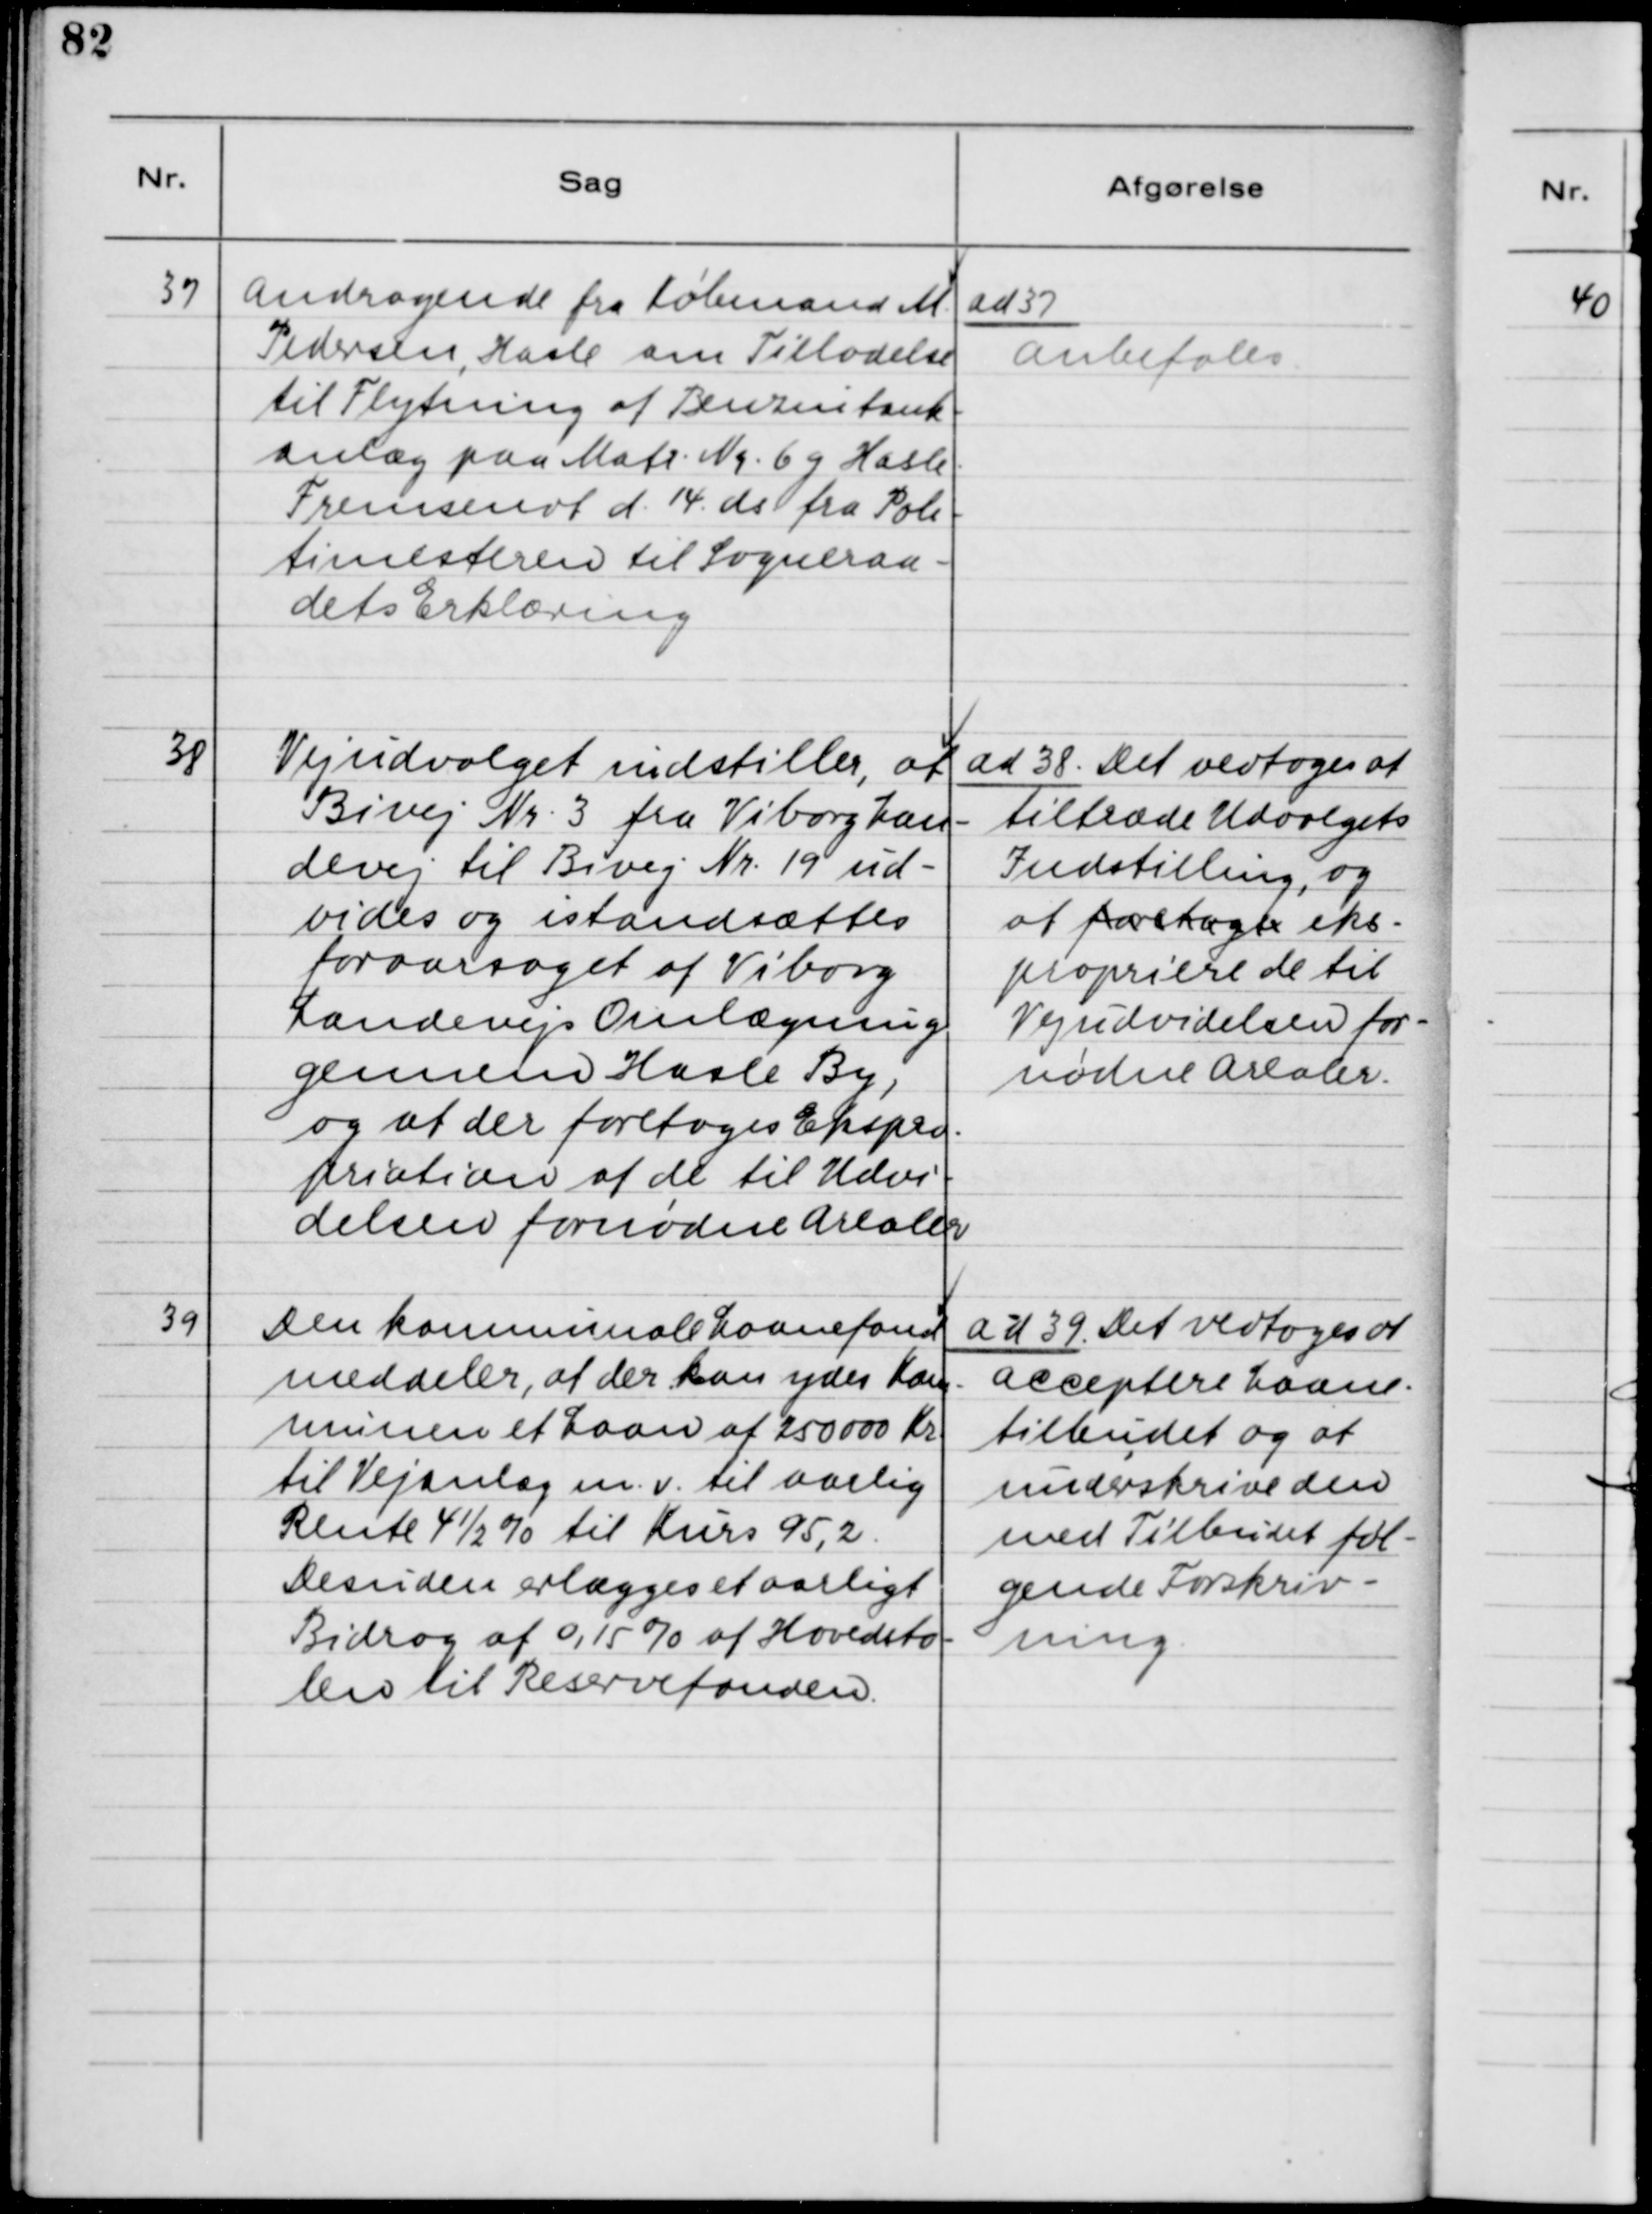
Transskription:
37 Andragende fra Købmand M.
Pedersen, Hasle om Tilladelse
til Flytning af Benzintank-
anlæg paa Matr. Nr. 6g Hasle.
Fremsendt d. 14 ds. fra Poli-
timesteren til Sogneraa-
dets Erklæring

ad 37.
Anbefales

38. Vejudvalget indstiller, at
Bivej Nr. 3 fra Viborg Lan-
devej til Bivej Nr. 19 ud-
vides og istandsættes
foraarsaget af Viborg
Landevejs Omlægning
gennem Hasle By,
og at der foretages Ekspro-
priation af de til Udvi-
delsen fornødne Arealer.

ad 38. Det vedtoges at
tiltræde Udvalgets
Indstilling, og
at foretagne eks-
propriere de til
Vejudvidelsen for-
nødne Arealer.

39. Den kommunale Laanefond
meddeler, at der kan ydes Kom-
munen et Laan af 250 000 Kr.
til Vejanlæg m.v. til Aarlig
Rente 4 1/2 % til Kurs 95,2.
Desuden erlægges et aarligt
Bidrag af 0,15 % af Hovedsto-
len til Reservefonden.

ad 39. Det vedtoges at
Acceptere Laane-
tilbudet og at
underskrive den
med Tilbudet føl-
gende Forskriv-
ning.